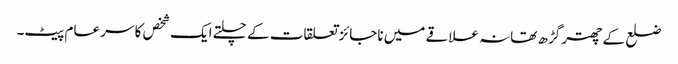
ضلع کے چھتر گڑھ تھانہ علاقے میں ناجائز تعلقات کے چلتے ایک شخص کا سر عام پیٹ۔